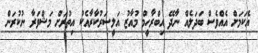
އެކަމަށް އެއްވެސް ބަދަލެއް ނާދޭ އިބްރާހީމް މުއާޒު އަލީސަރުކާރާއެކު އިތުރަށް މަޝްވަރާ ނުކުރަން